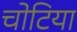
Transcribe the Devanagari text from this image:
चोटिया